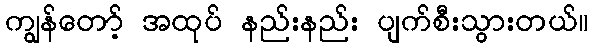
ကျွန်တော့် အထုပ် နည်းနည်း ပျက်စီးသွားတယ်။